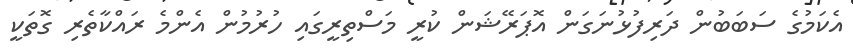
އެކަމުގެ ސަބަބުން ދަރިފުޅުނަގަން އޮޕަރޭޝަން ކުރީ މަސްތިރީގައި ހުރުމުން އެންމެ ރައްކާތެރި ގޮތަކީ